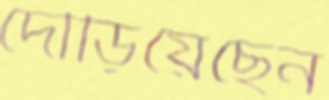
দৌড়িয়েছেন